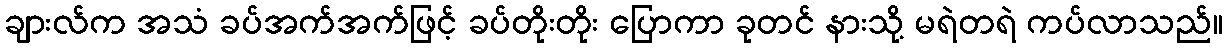
ချားလ်က အသံ ခပ်အက်အက်ဖြင့် ခပ်တိုးတိုး ပြောကာ ခုတင် နားသို့ မရဲတရဲ ကပ်လာသည်။